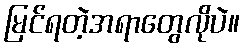
မြင်ရတဲ့အရာတွေလိုပဲ။